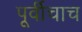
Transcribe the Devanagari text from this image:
पूर्वीचाच